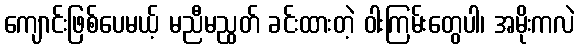
ကျောင်းဖြစ်ပေမယ့် မညီမညွတ် ခင်းထားတဲ့ ဝါးကြမ်းတွေပါ၊ အမိုးကလဲ